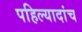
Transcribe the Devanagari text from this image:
पहिल्यादांच